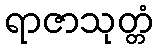
ရာဇာသုတ္တံ